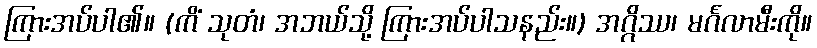
ကြားအပ်ပါ၏။ (ကိံ သုတံ၊ အဘယ်သို့ ကြားအပ်ပါသနည်း။) အဂ္ဂိဿ၊ မင်္ဂလာမီးကို။